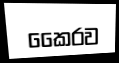
කෛරව